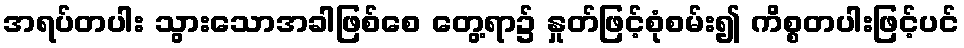
အရပ်တပါး သွားသောအခါဖြစ်စေ တွေ့ရာ၌ နှုတ်ဖြင့်စုံစမ်း၍ ကိစ္စတပါးဖြင့်ပင်